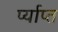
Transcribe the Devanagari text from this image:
र्प्याप्त